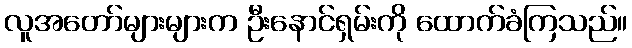
လူအတော်များများက ဦးနောင်ရှမ်းကို ထောက်ခံကြသည်။